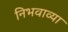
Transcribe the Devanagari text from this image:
निभवाव्या